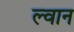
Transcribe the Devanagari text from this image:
ल्वान